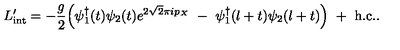
L _ { \mathrm { i n t } } ^ { \prime } = - { \frac { g } { 2 } } \Bigl ( \psi _ { 1 } ^ { \dagger } ( t ) \psi _ { 2 } ( t ) e ^ { 2 \sqrt { 2 } \pi i p _ { X } } \ - \ \psi _ { 1 } ^ { \dagger } ( l + t ) \psi _ { 2 } ( l + t ) \Bigr ) \ + \ \mathrm { h . c . } .